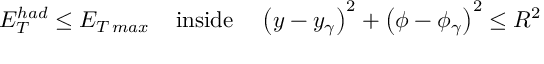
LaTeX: E _ { T } ^ { h a d } \leq E _ { T \, m a x } \; \; \; \; \mathrm { i n s i d e } \; \; \; \; \left( y - y _ { \gamma } \right) ^ { 2 } + \left( \phi - \phi _ { \gamma } \right) ^ { 2 } \leq R ^ { 2 }